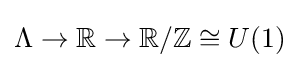
\Lambda \to \mathbb {R} \to \mathbb {R} /\mathbb {Z} \cong U(1)